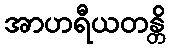
အာဟရီယတန္တိ